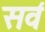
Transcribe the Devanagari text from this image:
सव॔